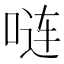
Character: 𪡏